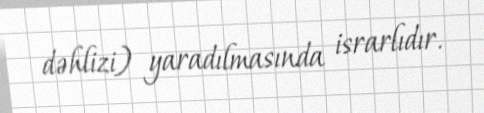
dəhlizi) yaradılmasında israrlıdır.